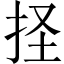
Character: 𢫞